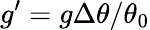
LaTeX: g^{\prime}=g\Delta\theta/\theta_{0}